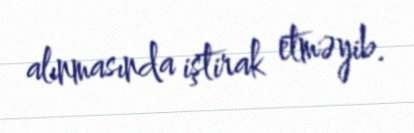
alınmasında iştirak etməyib.